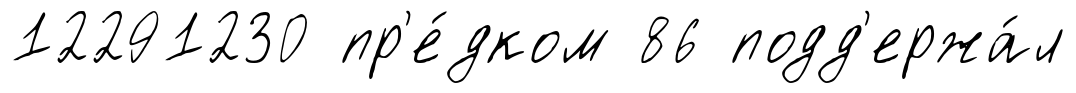
12291230 пр'е́дком 86 подд'ержа́л